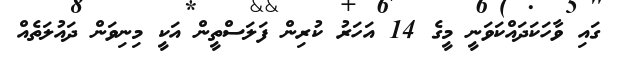
ގައި ވާހަކަދައްކަވަނީ މީގެ 14 އަހަރު ކުރިން ފަލަސްތީން އަކީ މިނިވަން ދައުލަތެއް